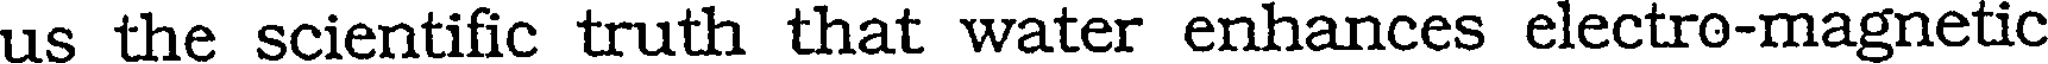
us the scientific truth that water enhances electro-magnetic